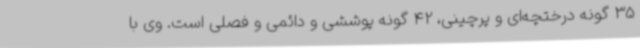
35 گونه درختچه‌ای و پرچینی، 42 گونه پوششی و دائمی و فصلی است. وی با